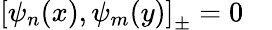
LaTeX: \left[\psi_{n}(x),\psi_{m}(y)\right]_{\pm}=0\quad